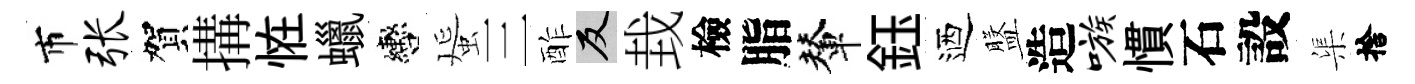
市张賀搆恠蠟轡蜑三酢反㘽檢脂輦鈺迺盤造嗾慣石設渠捨